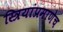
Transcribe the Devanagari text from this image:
स्त्रियांप्रमाणेच